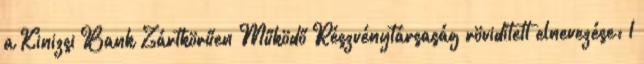
a Kinizsi Bank Zártkörűen Működő Részvénytársaság rövidített elnevezése: 1